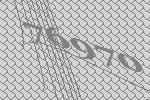
76970